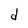
Character: d